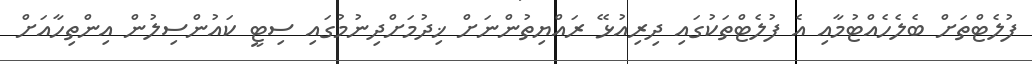
ފުލެޓްތަށް ބެލެހެއްޓުމާއި އެ ފުލެޓްތަކުގައި ދިރިއުޅޭ ރައްޔިތުންނަށް ޚިދުމަށްދިނުމުގައި ސިޓީ ކައުންސިލުން އިންތިހާއަށް